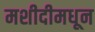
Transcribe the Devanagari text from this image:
मशीदीमधून